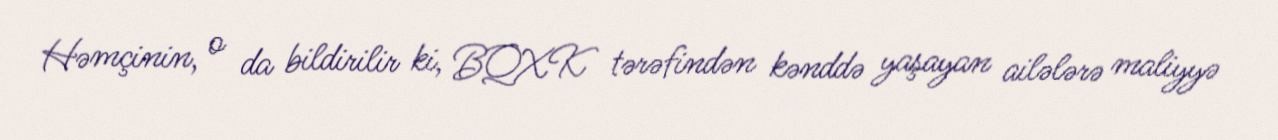
Həmçinin, o da bildirilir ki, BQXK tərəfindən kənddə yaşayan ailələrə maliyyə